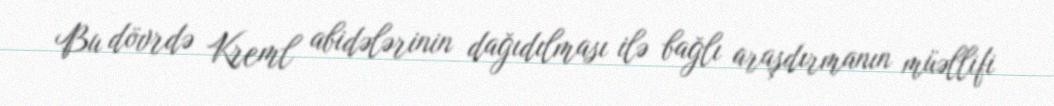
Bu dövrdə Kreml abidələrinin dağıdılması ilə bağlı araşdırmanın müəllifi